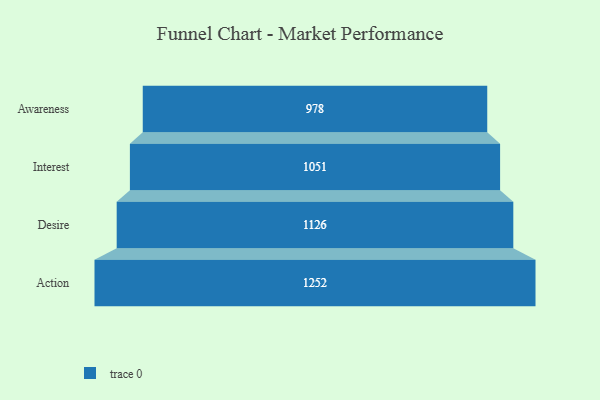
{"axis": {"x": "Stage", "y": "Value"}, "legend": [""], "data": [{"x": "Awareness", "y": 978.0, "type": ""}, {"x": "Interest", "y": 1051.0, "type": ""}, {"x": "Desire", "y": 1126.0, "type": ""}, {"x": "Action", "y": 1252.0, "type": ""}]}